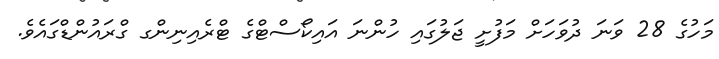
މަހުގެ 28 ވަނަ ދުވަހަށް މަފުށީ ޖަލުގައި ހުންނަ އައިކޯސްޓްގެ ޓްރެއިނިންގ ގްރައުންޑްގައެވެ.